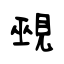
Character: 覡